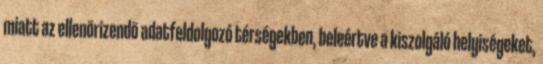
miatt az ellenõrizendõ adatfeldolgozó térségekben, beleértve a kiszolgáló helyiségeket,